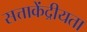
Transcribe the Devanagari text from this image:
सत्ताकेंद्रीयता